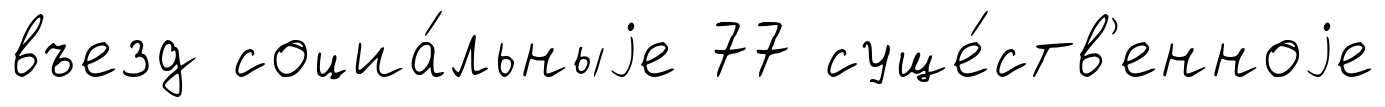
въезд социа́льныjе 77 суще́ств'енноjе